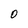
Character: O